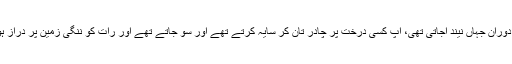
آپ سفر کے دوران جہاں نیند آجاتی تھی، آپ کسی درخت پر چادر تان کر سایہ کرتے تھے اور سو جاتے تھے اور رات کو ننگی زمین پر دراز ہوجاتے تھے۔